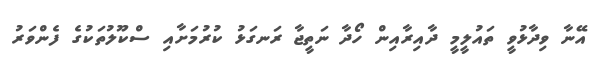
އޭނާ ވިދާޅުވީ ތައުލީމީ ދާއިރާއިން ހޯދާ ނަތީޖާ ރަނގަޅު ކުރުމަށާއި ސްކޫލުތަކުގެ ފެންވަރު